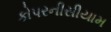
કોપરનીસીયામ